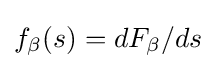
f_{\beta }(s)=dF_{\beta }/ds